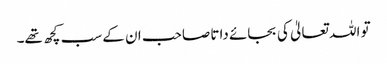
تو اللہ تعالیٰ کی بجائے داتا صاحب ان کے سب کچھ تھے۔